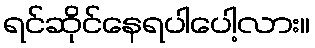
ရင်ဆိုင်နေရပါပေါ့လား။